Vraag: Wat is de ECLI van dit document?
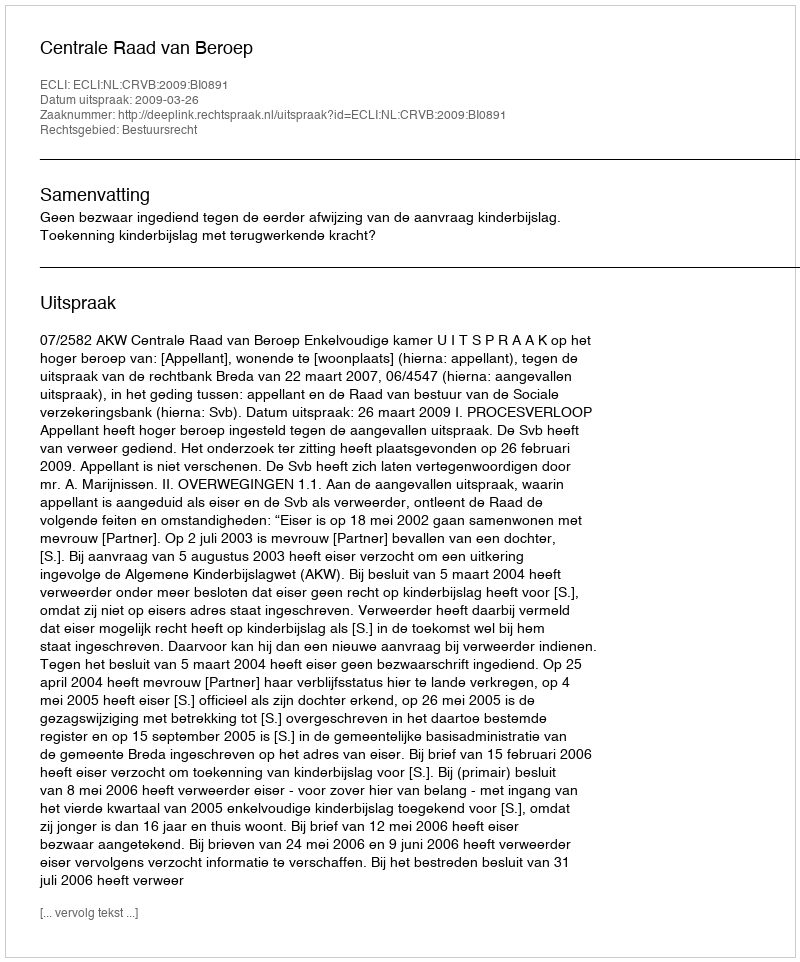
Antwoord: ECLI:NL:CRVB:2009:BI0891